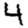
Digit: 4